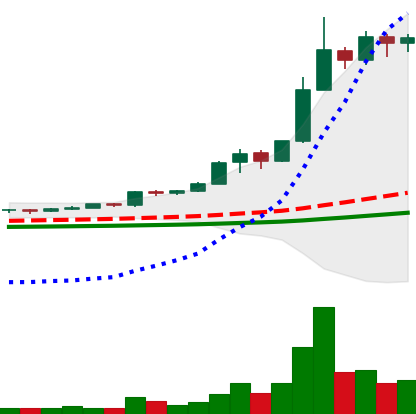
Ticker: BNB-USD
Chart end date: 2021-02-14
Forward return: 143.806%
Label: up_7plus